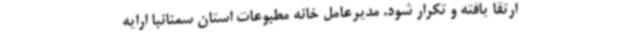
ارتقا یافته و تکرار شود. مدیرعامل خانه مطبوعات استان سمنانبا ارایه